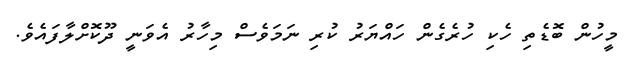
މީހުން ބޮޑެތި ހެކި ހުރެގެން ހައްޔަރު ކުރި ނަމަވެސް މިހާރު އެވަނީ ދޫކޮށްލާފައެވެ.